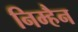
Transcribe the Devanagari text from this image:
निम्हैन